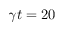
\gamma t = 2 0